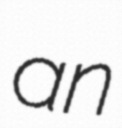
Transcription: an